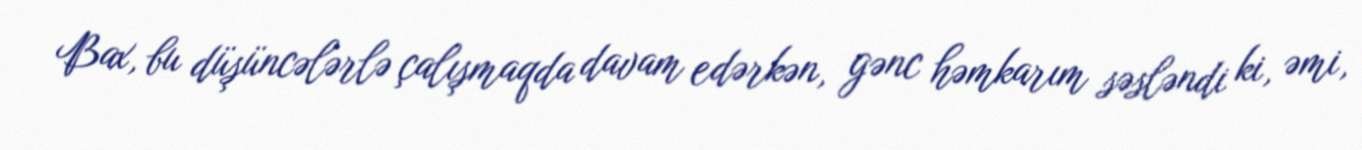
Bax, bu düşüncələrlə çalışmaqda davam edərkən, gənc həmkarım səsləndi ki, əmi,